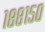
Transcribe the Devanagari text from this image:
१८८१५०